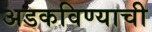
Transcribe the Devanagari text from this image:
अडकविण्याची